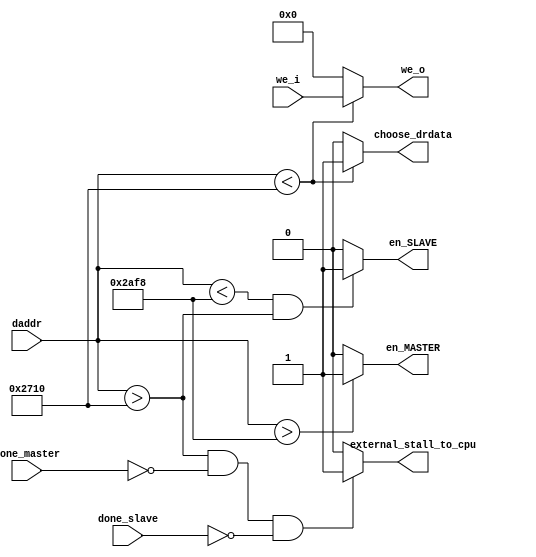
`timescale 1ns / 1ps
//////////////////////////////////////////////////////////////////////////////////
// Company: 
// Engineer: 
// 
// Design Name: 
// Module Name: memory_mapper
// Project Name: 
// Target Devices: 
// Tool Versions: 
// Description: 
// 
// Dependencies: 
// 
// Revision:
// Revision 0.01 - File Created
// Additional Comments:
// 
//////////////////////////////////////////////////////////////////////////////////


module memory_mapper(
    input [31:0] daddr,
    input [3:0]  we_i,
    output [3:0] we_o,
    output       en_SLAVE,
    output       en_MASTER,
    output       choose_drdata, // 1 means dmem, 0 means slave
    
    input done_slave,
    input done_master,
    output external_stall_to_cpu
    );
    
    assign choose_drdata = (daddr < 'd10000) ? 'b1 : 'b0;
    assign en_SLAVE = (daddr < 'd11000 && daddr > 'd10000) ? 'b1 : 'b0;
    assign en_MASTER = (daddr > 'd11000) ? 'b1 : 'b0;
    assign we_o = (daddr < 'd10000) ? we_i : 'b0000;
    
    reg external_stall_to_cpu_r;
    
    always @(*)
    begin
        if(daddr > 'd10000 && done_master == 'b0 && done_slave == 'b0)
        begin
            external_stall_to_cpu_r = 'b1;
        end
        else
        begin
            external_stall_to_cpu_r = 'b0;
        end
    end
    
    assign external_stall_to_cpu = external_stall_to_cpu_r;
        
endmodule